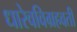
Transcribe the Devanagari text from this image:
धारेवविग्रहवती